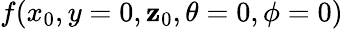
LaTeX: f(x_{0},y=0,\mathbf{z}_{0},\theta=0,\phi=0)